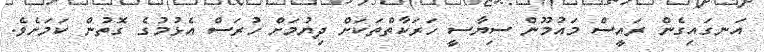
އަނގައިގެން ރައީސް މައުމޫން ސިޔާސީ ހަަރަކާތްތަކަށް ދިޔުމަށް ހުރަސް އެޅުމުގެ ގޮތުން ކަމަށެވެ.